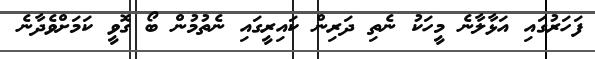
ފަހަރުގައި އަޅާލާނެ މީހަކު ނެތި ދަރިން ކައިރީގައި ނެތުމުން ބޯ ގޮވީ ކަމަށްވެދާނެ